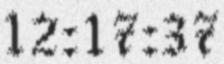
12:17:37